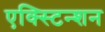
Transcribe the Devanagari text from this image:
एक्स्टिन्शन